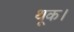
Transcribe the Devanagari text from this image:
थूक।